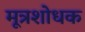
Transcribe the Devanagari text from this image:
मूत्रशोधक